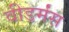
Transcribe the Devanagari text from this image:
वीडर्मंस